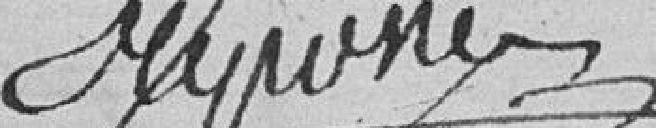
Riponé